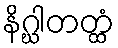
နိဂ္ဃါတတ္ထံ